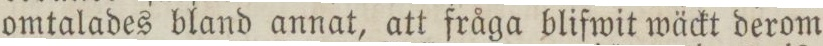
omtalades bland annat, att fråga blifwit wäckt derom